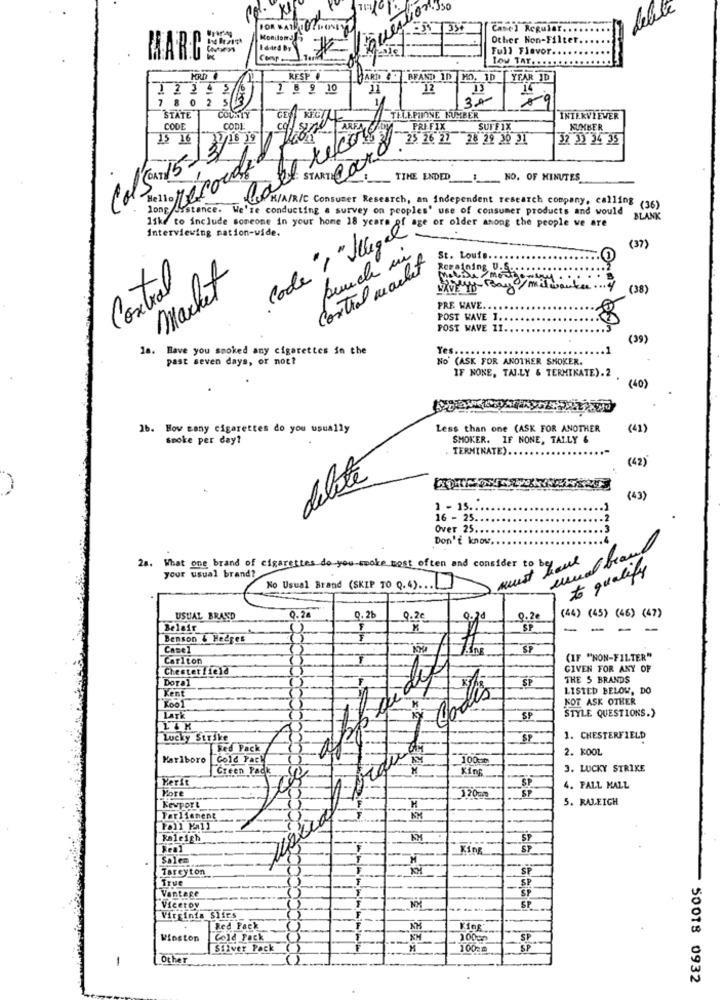
Lebte
FOR
m
Case) Regular ...
Monilomd5
Other Non-Filter.
HARCSA
Full Flavor.
Comp
Lou TAY
RESP .
ART &*REAND ID MO. ID YFAR ID
1 8 9 10
12
13
15
1 1 2 1 3
5
30
STATE
COUNTY
GEN REGILE
TELEPHONE NUMBER
INTERVIEWER
CODE
CODI
-PRIFIX
SUFFIX
NUMBER
13 16
STARTED 1 . 25, 26 22 28 29 20 21
32 33 34 35
Hello recorder
TIHE ENDED __ NO. OF MINUTES
les K/A/R/C Consumer Research, an independent research company, calling
long distance. We're conducting a survey on peoples' use of consumer products and would
$ (36)
BLANK
like to include someone in your home 18 years of age or older anong the people ve are
Interviewing nation-wide.
code"! " legal"
(37)
punch un
St. Louis.
Control macht
Costal
Market
LAVEY Bay / mile
(38)
PRE WAVE.
POST WAVE 1.
POST WAVE 11.
(39)
la. Have you smoked any cigarettes in the
Yes ...
past seven days, or not?
No (ASK FOR ANOTHER SMOKER.
IF NONE, TAJ.LY & TERMIKATE).2
(40)
16. How cany cigarettes do you usually
Less than one (ASK FOR ANOTHER
(41)
smoke per day?
SMOKER. IF NONE, TALLY &
TERMINATE) ..
(42)
delete
.
(43)
1 - 15 ..
16 - 25 ..
Over 25 ...
Don't know.
28. What one brand of cigarettes do you make most often and consider to befed
your usual brand?
to qualify
quest
No Usual Brand (SKIP TO Q. 4) ... [
0.28
USUAL BRAND
0.2b
9.2€
9.20
(44) (45) (46) (47)
Belair
SP
-
-
Benson & Hedges
F
Camel
SF
Carlton
(IF "NON-FILTER"
Chesterfield
GIVEN FOR ANY OF
DoTal
THE 5 BRANDS
Kent
SP
LISTED BELOW, DO
Kool
Godis
KOT ASK OTHER
STYLE QUESTIONS.)
Lark
SP
Lucky Strike
SP
1. CHESTERFIELD
[ Red Pack
2. KOOL
Marlboro
Gold Fact
100-p
Creen Pack
King
3. LUCKY STRIKE
Perit
Yore
SP
4. PALL MALL
H
5. RALEIGH
Keyport
Parliament
Raleigh
Real
F
King
SP
Sales
F
Tareyton
si
True
F
Vantage
SP
Viceroy
SP
Virginia Sifrs
Red Fack
F
Winston
Cold Pack
100gp
SP
Silver Pock
10010
SP
-
Other
50018 0932